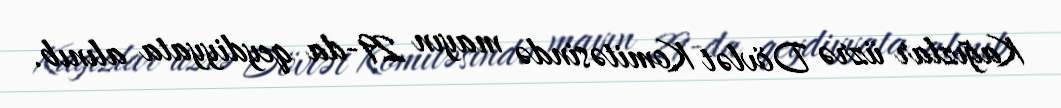
Kağızlar üzrə Dövlət Komitəsində mayın 29-da qeydiyyata alınıb.